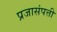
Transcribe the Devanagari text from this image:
प्रजासंपत्ती